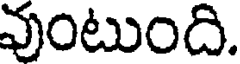
వుంటుంది.